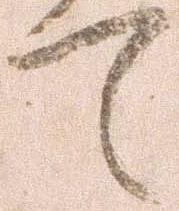
て